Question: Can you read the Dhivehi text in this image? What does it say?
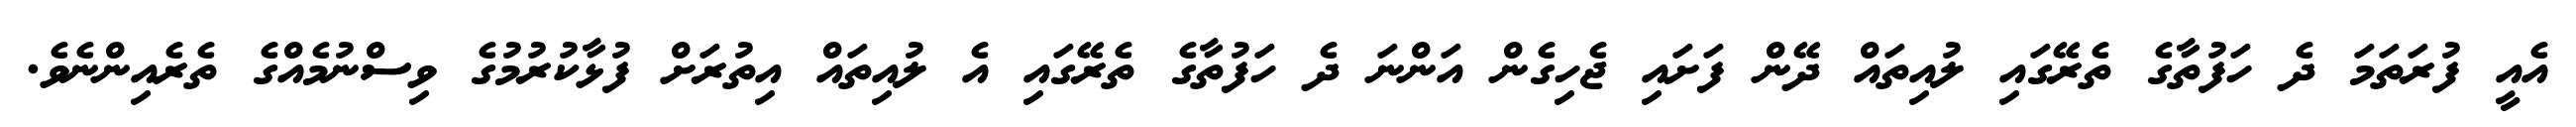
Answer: އެއީ ފުރަތަމަ ދެ ހަފުތާގެ ތެރޭގައި ލުއިތައް ދޭން ފަށައި ޖެހިގެން އަންނަ ދެ ހަފުތާގެ ތެރޭގައި އެ ލުއިތައް އިތުރަށް ފުޅާކުރުމުގެ ވިސްނުމެއްގެ ތެރެއިންނެވެ.